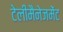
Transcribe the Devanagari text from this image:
टेलीमैनेजमेंट